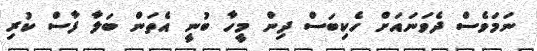
ނަމަވެސް ދެވަނައަށް ހެކިބަސް ދިން މީހާ ބުނީ އެތަން ބަލާ ފާސް ކުރި